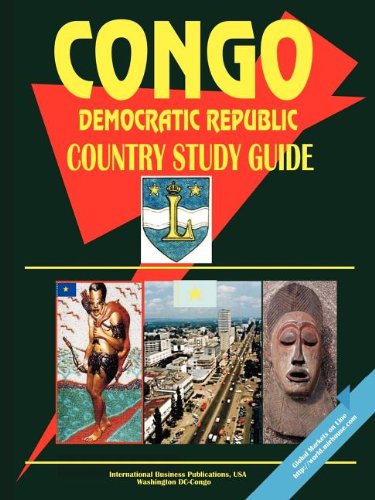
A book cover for Congo, Democratic Republic Country Study Guide (World Country Study Guide Library); Travel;